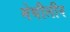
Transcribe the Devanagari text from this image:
मेथीलीन